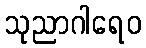
သုညာဂါရေဝ